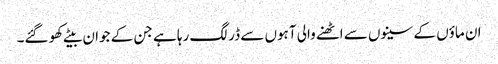
ان ماؤں کے سینوں سے اٹھنے والی آہوں سے ڈر لگ رہا ہے جن کے جوان بیٹے کھو گئے۔